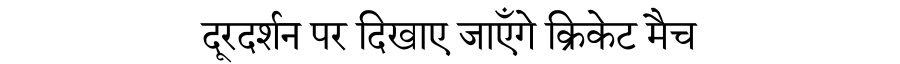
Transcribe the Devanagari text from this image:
दूरदर्शन पर दिखाए जाएँगे क्रिकेट मैच